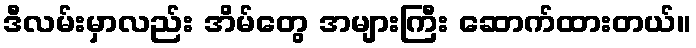
ဒီလမ်းမှာလည်း အိမ်တွေ အများကြီး ဆောက်ထားတယ်။